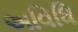
અવિધિ